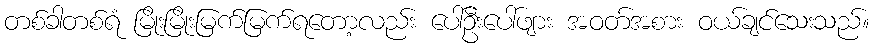
တစ်ခါတစ်ရံ မြိုးမြိုးမြက်မြက်ရတော့လည်း ပေါ်ဦးပေါ်ဖျား အဝတ်အစား ဝယ်ချင်သေးသည်။